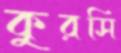
কুরসি